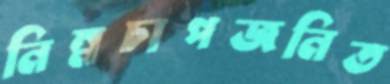
নিম্নচাপজনিত